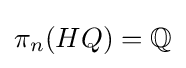
\pi _{n}(HQ)=\mathbb {Q}